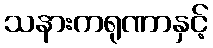
သနားကရုဏာနှင့်